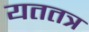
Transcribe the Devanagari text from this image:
यततत्र